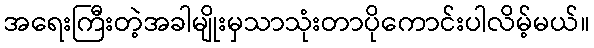
အရေးကြီးတဲ့အခါမျိုးမှသာသုံးတာပိုကောင်းပါလိမ့်မယ်။